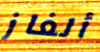
ألغاز